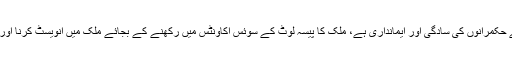
اس کی وجہ جمہوریت اور جرمنی کے حکمرانوں کی سادگی اور ایمانداری ہے، ملک کا پیسہ لوٹ کے سوئس اکاونٹس میں رکھنے کے بجائے ملک میں انویسٹ کرنا اور روزگار کے نئے مواقع پیدا کرنا ہے۔